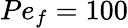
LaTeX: Pe_{f}=100